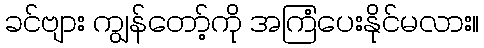
ခင်ဗျား ကျွန်တော့်ကို အကြံပေးနိုင်မလား။